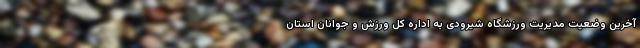
آخرین وضعیت مدیریت ورزشگاه شیرودی به اداره کل ورزش و جوانان استان